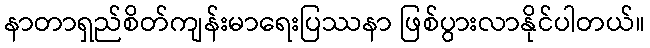
နာတာရှည်စိတ်ကျန်းမာရေးပြဿနာ ဖြစ်ပွားလာနိုင်ပါတယ်။